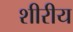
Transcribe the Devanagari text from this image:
शीरीय